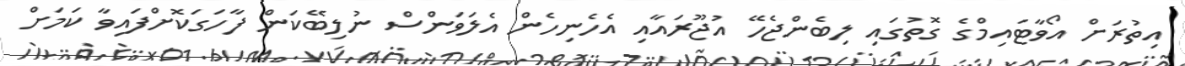
އިތުރަށް އޯވާޓައިމްގެ ގޮތުގައި ލިބެންޖެހޭ އުޖޫރައާއި އެހެނިހެން އެލަވަންސް ނުލިބޭކަން ފާހަގަކޮށްފައިވާ ކަމަށް